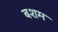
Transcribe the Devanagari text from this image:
बशम